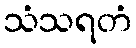
သံသရတံ